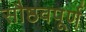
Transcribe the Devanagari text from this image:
सौष्ठवपूर्ण